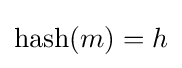
\operatorname {hash} (m)=h